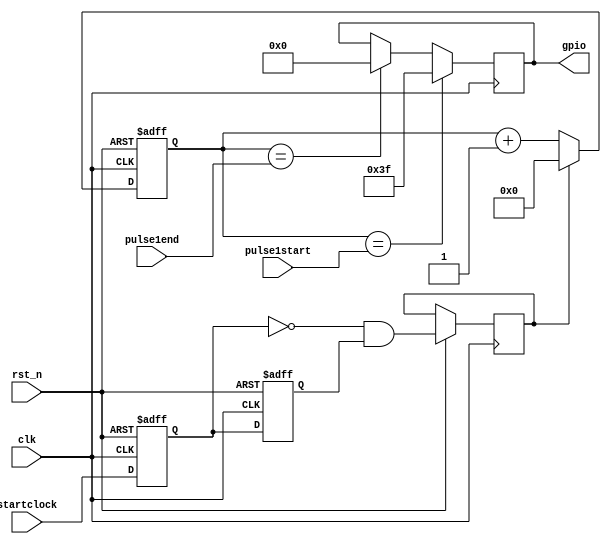
module SinglePulseGene(clk,rst_n,pulse1start,pulse1end,startclock,gpio);
input clk;
input rst_n;
input [31:0]pulse1start;
input [31:0]pulse1end;
input startclock;
output reg [5:0]gpio;

reg startint1 = 0;
reg startint2 = 0;

reg [40:0]counter;                       //32  86s
reg [31:0]counter1;
reg startflag;
reg startflag1 ;
reg startflag2;
//always @(posedge clk or negedge rst_n)
always @(posedge clk or negedge rst_n)
	begin
		if(!rst_n)
			begin
				startint1 <= 0;
				startint2 <= 0;
			end
		else 
			begin
				startint1 <= startclock;
				startint2 <= startint1;
				startflag = (~startint1) & startint2; 
			end
	end

//assign startflag = (~startint1) & startint2;         //


always @(posedge clk)
	begin
		if(!rst_n)
			begin
				counter1 <= 0;
			end
		else 
			begin
				if (startflag == 1) counter1[26:0] <= 0;
				else if (counter1[26:0]== 26'd25000000)  //delay 500ms
					begin startflag1 <= 1; counter1[26:0] <= 0 ; end
				else if(startflag2 == 0) startflag1 <= 0;
				else counter1[26:0] <= counter1[26:0] + 1'b1;          // 1 min 
			end
	end
		
always @(posedge clk or negedge rst_n)
	begin
		if(!rst_n)
			begin
				counter = 0;
			end
		else if (startflag) counter <= 0;
		else counter <= counter + 1'b1;          // 1 min 
	end
	
always @(posedge clk )
	begin 
		if((counter == pulse1start)/* (startflag1)*/ ) begin gpio <= 6'b111111; startflag2 <= 1;end

		else if(counter == pulse1end) 
			begin
				gpio <= 6'b000000;
				startflag2 <= 0;
			end
		else ;
	end
	
endmodule